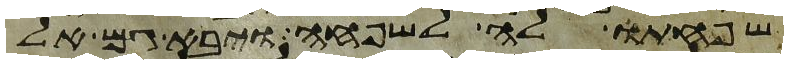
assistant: שפחתו לה לשפחה ויבא גם אל